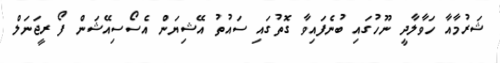
ޝަރުމާއާ ހަވާލާދީ ނޫހުގައި ބުނެފައިވާ ގޮތުގައި ސައުތު އޭޝިޔަން އެސޯސިއޭޝަން ފޯ ރީޖަނަލް